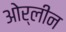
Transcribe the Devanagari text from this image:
ओर्लीन